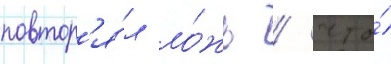
повтор'я́л ло́жь / что́